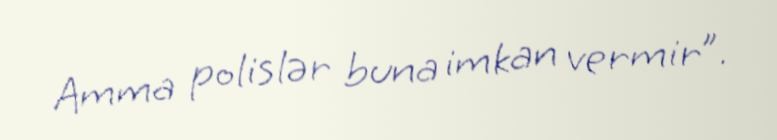
Amma polislər buna imkan vermir”.